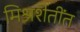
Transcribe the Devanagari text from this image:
मिश्रशेतींत